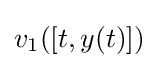
v_{1}([t,y(t)])